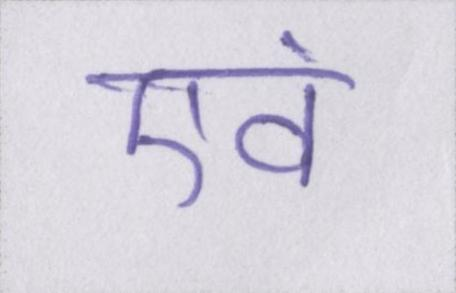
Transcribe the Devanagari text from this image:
एवं